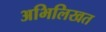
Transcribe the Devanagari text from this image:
अभिलिखत